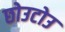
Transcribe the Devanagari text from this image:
छोउटोउ